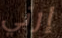
إرني